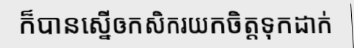
ក៏បានស្នើឲកសិករយកចិត្តទុកដាក់